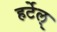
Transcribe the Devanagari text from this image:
हर्टेल्